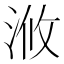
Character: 浟